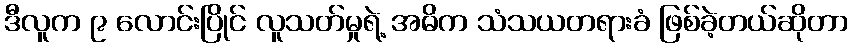
ဒီလူက ၉ လောင်းပြိုင် လူသတ်မှုရဲ့ အဓိက သံသယတရားခံ ဖြစ်ခဲ့တယ်ဆိုတာ